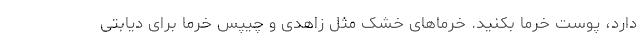
دارد، پوست خرما بکنید. خرماهای خشک مثل زاهدی و چیپس خرما برای دیابتی